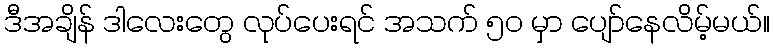
ဒီအချိန် ဒါလေးတွေ လုပ်ပေးရင် အသက် ၅၀ မှာ ပျော်နေလိမ့်မယ်။